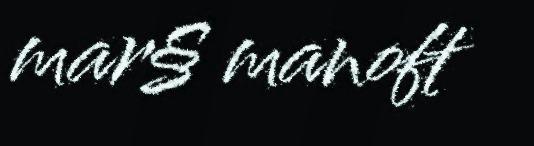
mar§ manoft